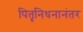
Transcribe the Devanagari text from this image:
पितृनिधनानंतर